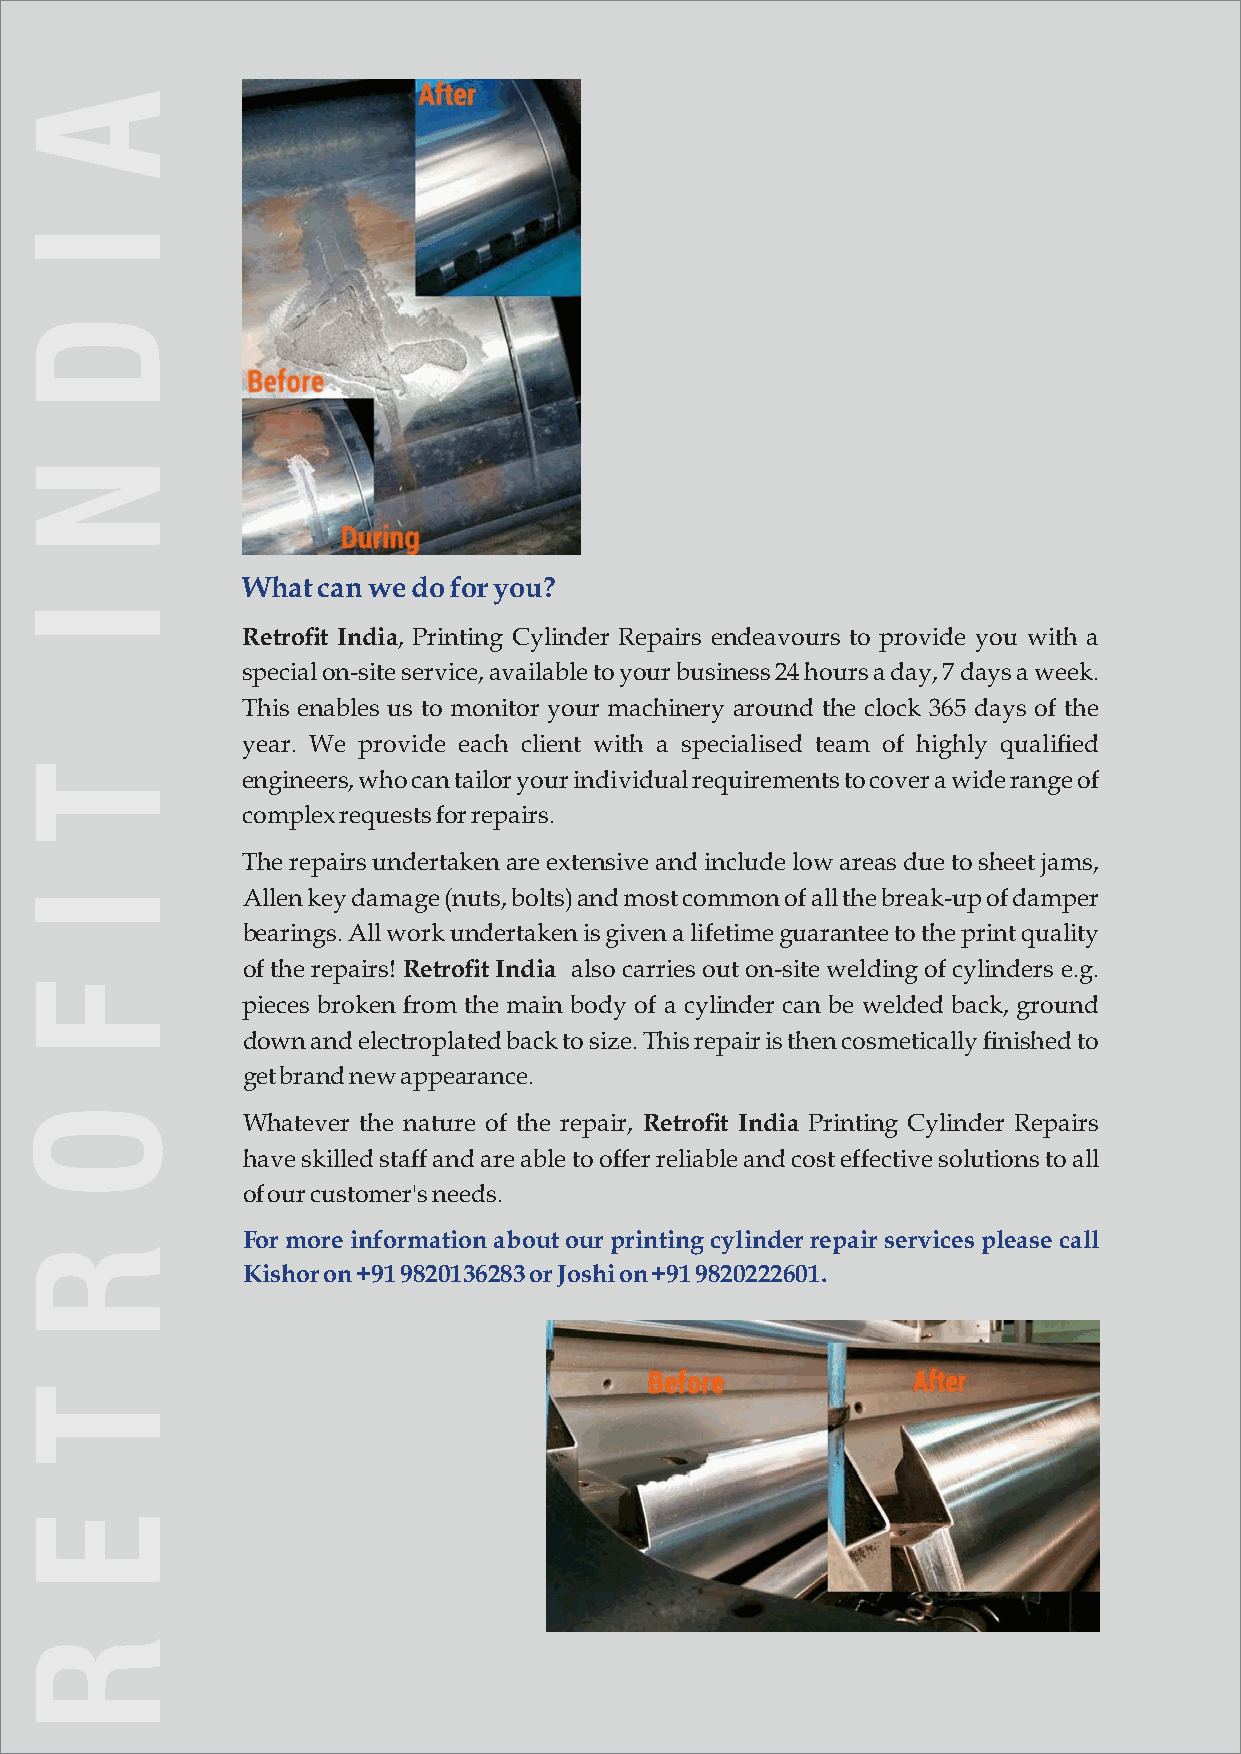
What can we do for you?
 Retrofit India, Printing Cylinder Repairs endeavours to provide you with a
 special on-site service, available to your business 24 hours a day, 7 days a week.
 This enables us to monitor your machinery around the clock 365 days of the
 year. We provide each client with a specialised team of highly qualified
 engineers, who can tailor your individual requirements to cover a wide range of
 complex requests for repairs.
 The repairs undertaken are extensive and include low areas due to sheet jams,
 Allen key damage (nuts, bolts) and most common of all the break-up of damper
 bearings. All work undertaken is given a lifetime guarantee to the print quality
 of the repairs! Retrofit India also carries out on-site welding of cylinders e.g.
 pieces broken from the main body of a cylinder can be welded back, ground
 down and electroplated back to size. This repair is then cosmetically finished to
 get brand new appearance.
 Whatever the nature of the repair, Retrofit India Printing Cylinder Repairs
 have skilled staff and are able to offer reliable and cost effective solutions to all
 of our customer's needs.
 For more information about our printing cylinder repair services please call
 Kishor on +91 9820136283 or Joshi on +91 9820222601.
 A
 I
 D
 N
 I
 T
 I
 F
 O
 R
 T
 E
 R